Leningradi_Edasi_toimetus, lk 31
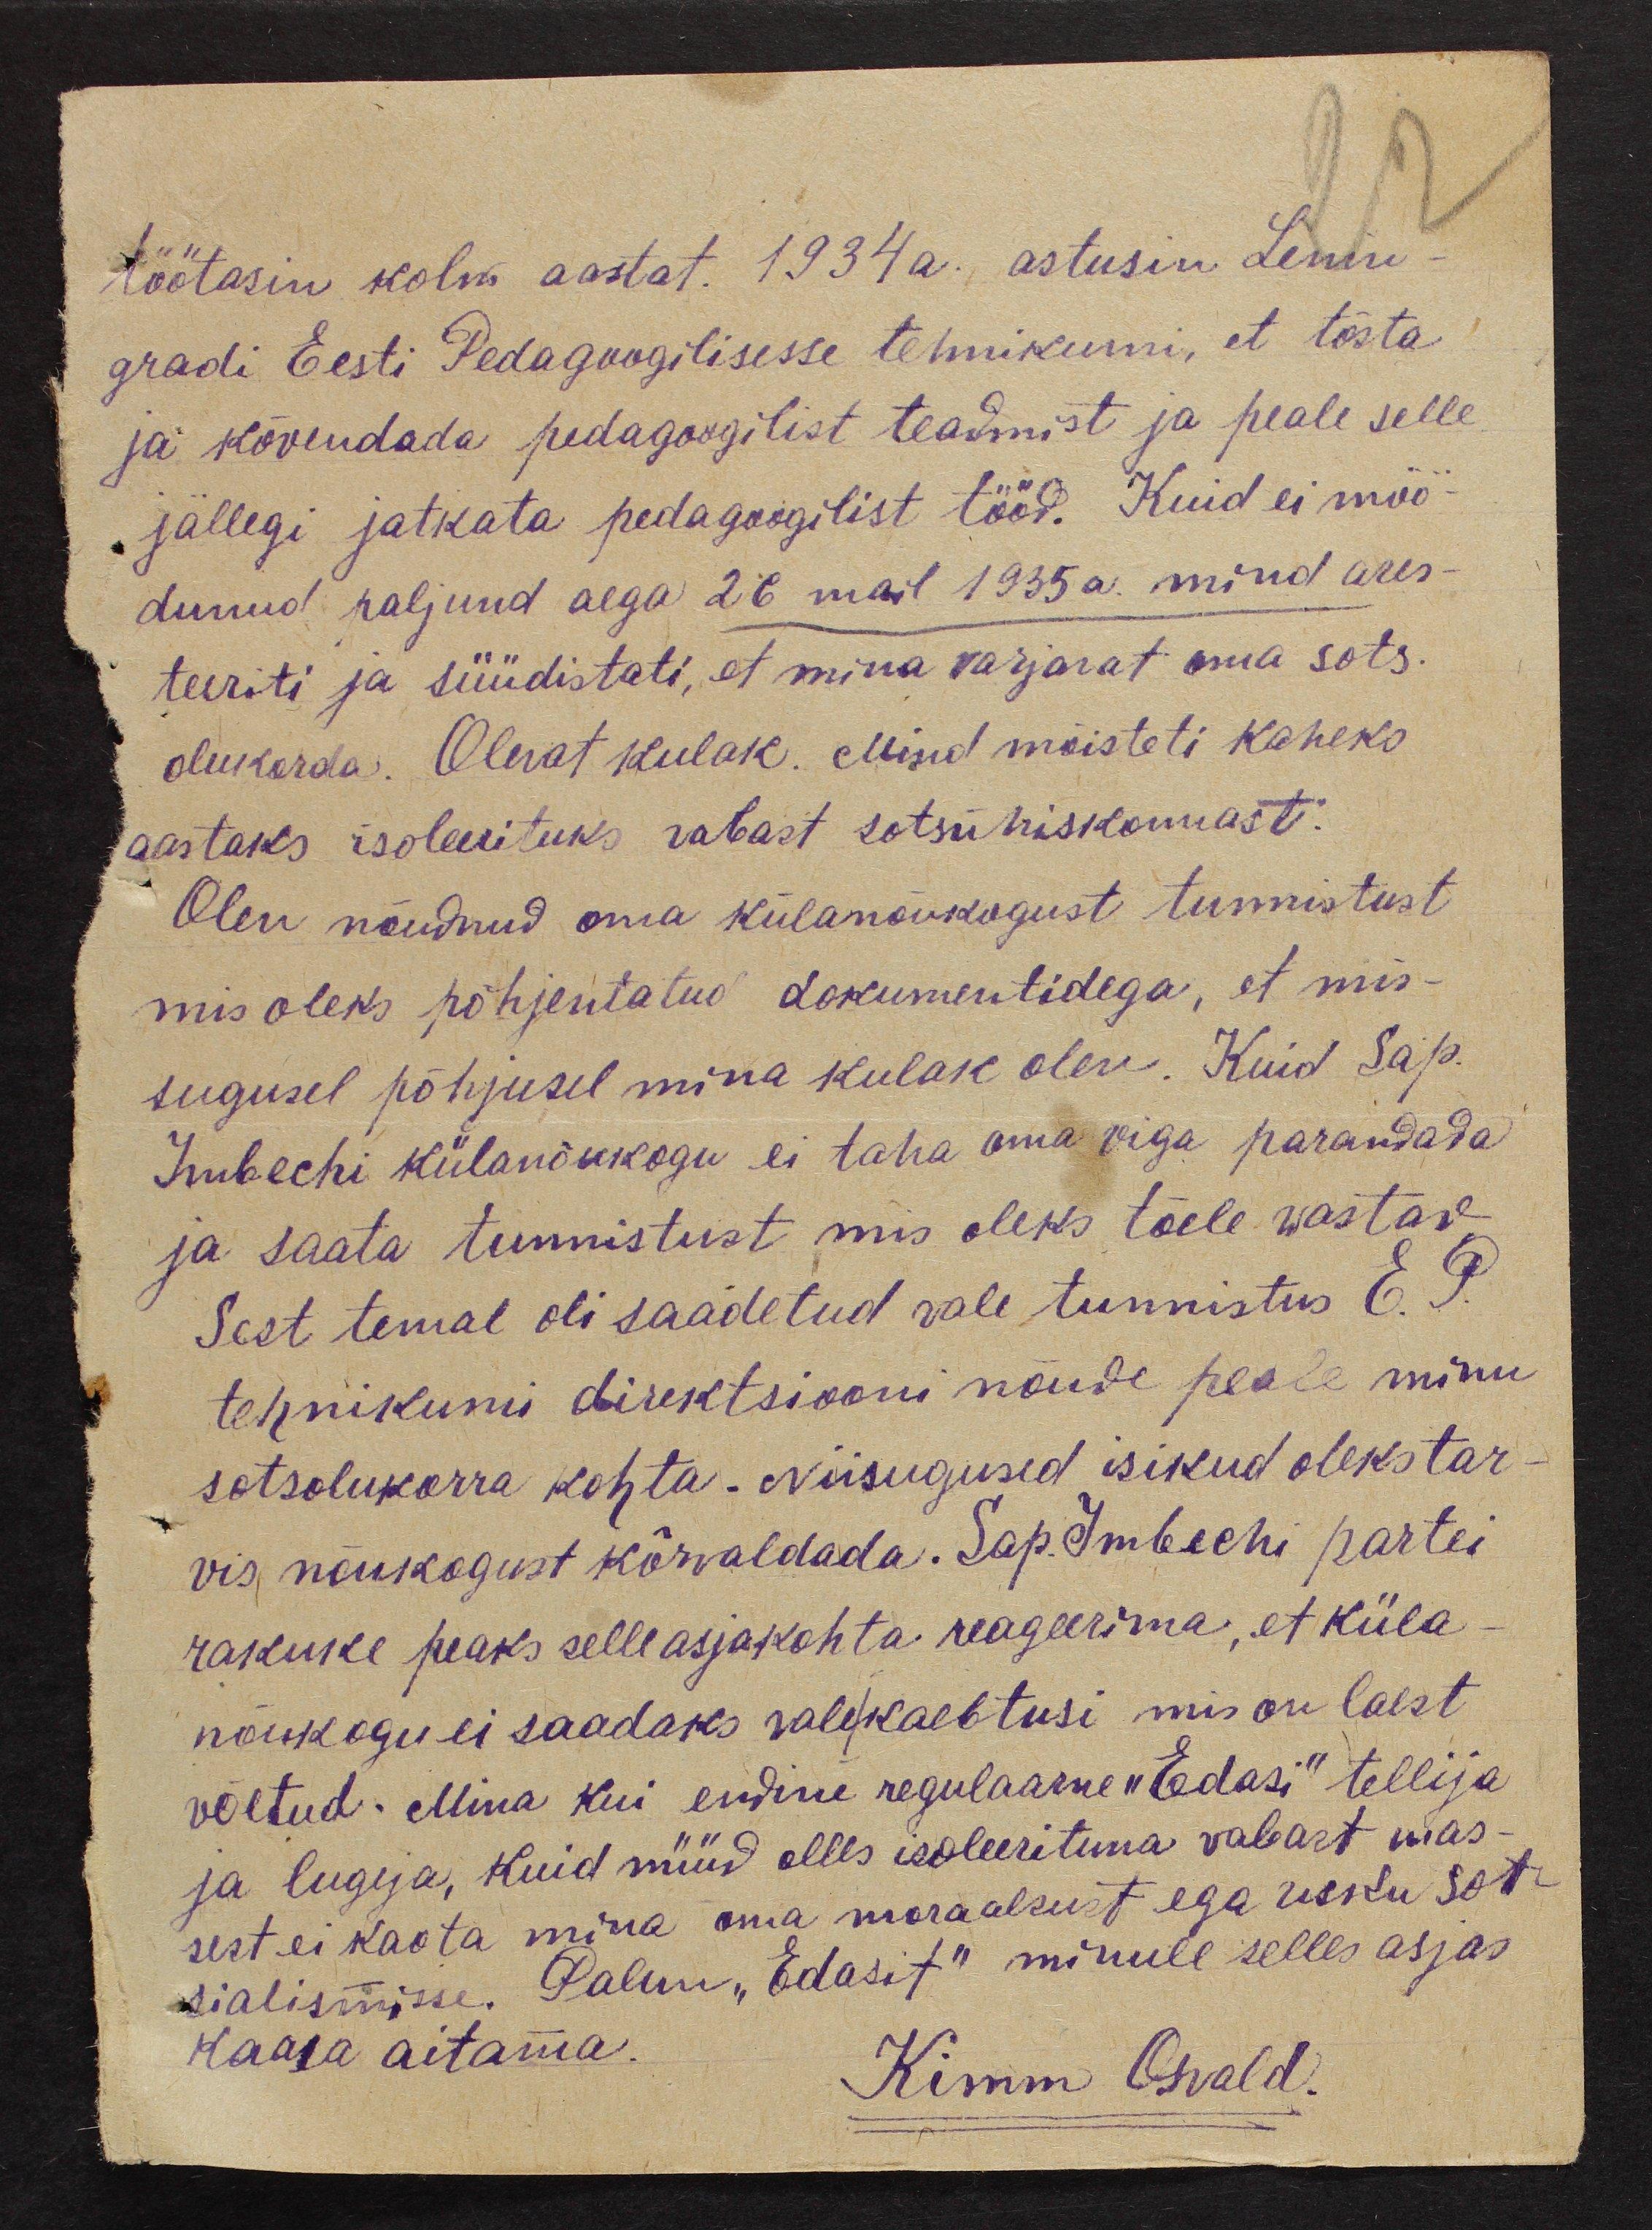
töötasin kolm aastat. 1934 a. astusin Lenin-
gradi Eesti Pedagoogilisesse tehnikumi, et tõsta
ja kõvendada pedagoogilist teadmist ja peale selle
jällegi jatkata pedagoogilist tööd. Kuid ei möö-
dunud paljunud aega 26 mail 1935 a. mind ares-
teeriti ja süüdistati, et mina varjavat oma sots.
olukorda. Olevat kulak. Mind mõisteti kaheks
aastaks isoleerituks vabast sotsühiskonnast.
Olen nõudnud oma külanõukogust tunnistust
mis oleks põhjentatud dokumentidega, et mis-
sugusel põhjusel mina kulak olen. Kuid Sap.
Imbechi külanõukogu ei taha oma viga parandada
ja saata tunnistust mis oleks tõele wastav
Sest temal oli saadetud vale tunnistus E. P.
tehnikumi direktsiooni nõude peale minu
sotsolukorra kohta. Niisugused isikud oleks tar-
vis nõukogust kõrvaldada. Sap. Imbechi partei
rakuke peaks selle asja kohta reageerima, et küla
nõukogu ei saadaks vale/ kaebtusi mis on laest
võetud. Mina kui endine regulaanne "Edasi" tellija
ja lugeja, kuid nüüd olles isoleerituna vabast mas-
sest ei kaota mina oma moraalsust ega usku sot-
sialismisse. Palun "Edasit" minule selles asjas
ja lugeja, kuid nüüd olles isoleerituna vabast mas-
kaasa aitama.
Kimm Oskald.